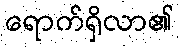
ရောက်ရှိလာ၏